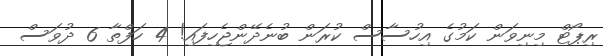
ރިޕޯޓް މިނިވަން ކަމުގެ އިހުސާސް ކުރަން ބުނެދޭންޖެހިފައި! 4 ހަފްތާ 6 ދުވަސް